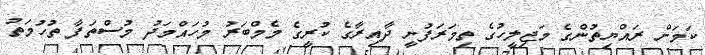
ކަމަށް ރައްޔިތުންގެ މަޖިލީހުގެ ތިމަރަފުށީ ދާއިރާގެ ކުރީގެ މެމްބަރު މުހައްމަދު މުސްތަފާ ތުހުމަތު